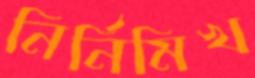
নির্নিমিখ